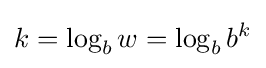
k=\log _{b}w=\log _{b}b^{k}